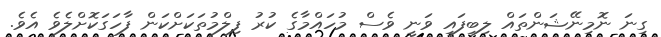
ގިނަ ނޮމިނޭޝަންތައް ލިބިފައި ވަނީ ވެސް މުހައްމާގެ ކުރު ފިލްމުތަކަށްކަން ފާހަގަކޮށްލެވެ އެވެ.